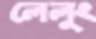
লেলুং